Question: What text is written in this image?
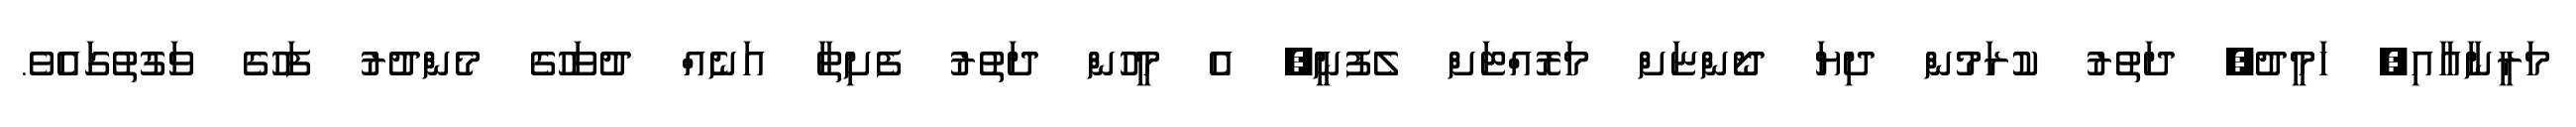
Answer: މަރީނާއާއި, ހަމީދު, ދަތުރު ކުރަމުން ދިޔަ ދޯންޏަށް މަރޮއްޓަށް ލެފުނީ, އެ މީހުން ދަތުރު ފެށިތާ އަނެއް ދުވަހުގެ މެންދުރު ފަހުގެ ވަގުތުގައެވެ.